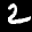
Label: 2